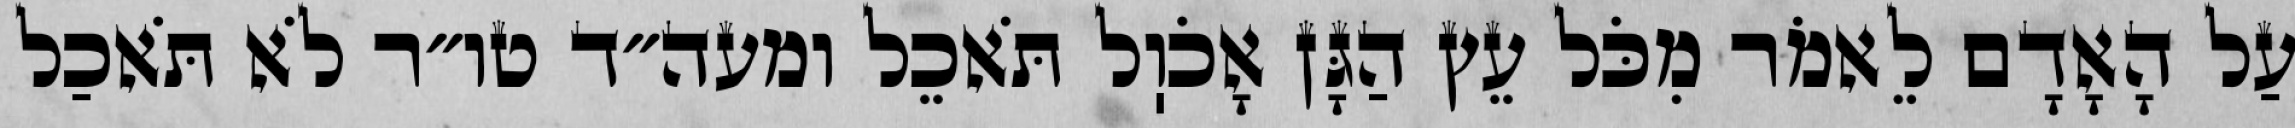
עַל הָאָדָם לֵאמֹר מִכֹּל עֵץ הַגָּן אָכֹוֽל תֹּאכֵל ומעה״ד טו״ר לֹא תֹּאכַל